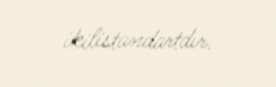
ikilistandartdır.